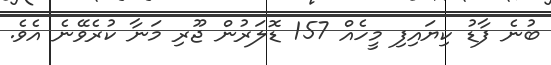
ބުނެ ފާޑު ކިޔައިފި މީހެއް 157 ޑޮލަރުން ޖޫރި މަނާ ކުރެވޭނެ އެވެ.